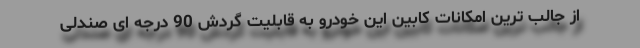
از جالب ترین امکانات کابین این خودرو به قابلیت گردش 90 درجه ای صندلی